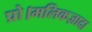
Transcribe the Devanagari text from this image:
प्रो।मलिकज़ादा